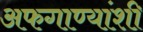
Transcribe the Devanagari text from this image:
अफगाण्यांशी